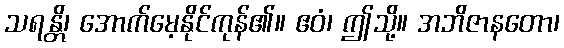
သရန္တိ၊ အောက်မေ့နိုင်ကုန်၏။ ဧဝံ၊ ဤသို့။ အဘိဇာနတော၊